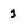
Character: 3